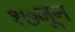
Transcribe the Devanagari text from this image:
१७जून